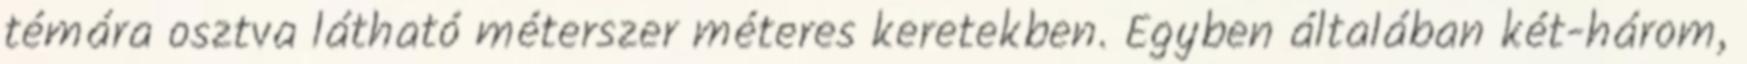
témára osztva látható méterszer méteres keretekben. Egyben általában két-három,